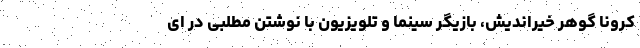
کرونا گوهر خیراندیش، بازیگر سینما و تلویزیون با نوشتن مطلبی در ای